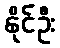
နိုင်ဦး